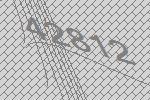
42812